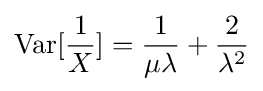
\operatorname {Var} [{\frac {1}{X}}]={\frac {1}{\mu \lambda }}+{\frac {2}{\lambda ^{2}}}